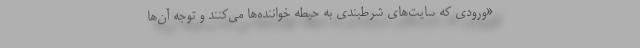
«ورودی که سایت‌های شرطبندی به حیطه خواننده‌ها می‌کنند و توجه آن‌ها